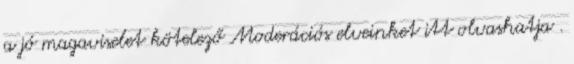
a jó magaviselet kötelező Moderációs elveinket itt olvashatja .